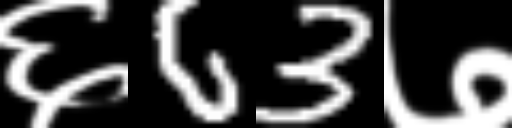
Text: ६63७